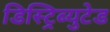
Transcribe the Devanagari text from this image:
डिस्ट्रिब्युटेड